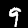
Label: 9